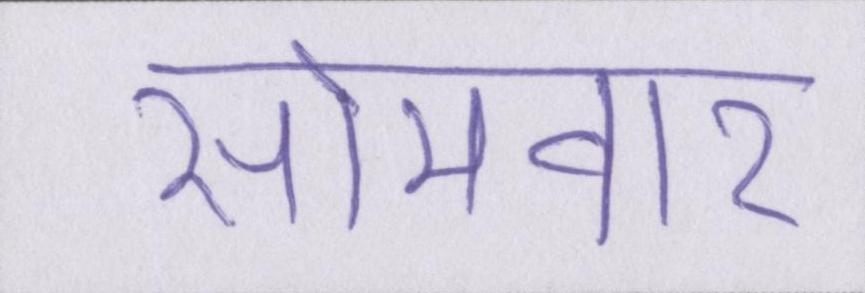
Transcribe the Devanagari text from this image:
सोमवार